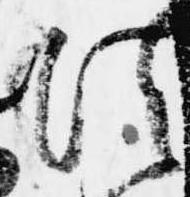
法